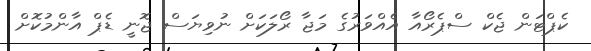
ކެޕްޓަން ޖެކް ސްޕެރޯއާ އެއްވަރުގެ މަޖާ ރޯލަކަށް ނުވިޔަސް ޖޮނީ ޑެޕް އާންމުކޮށް